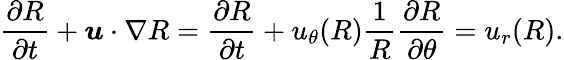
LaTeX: \frac{\partial R}{\partial t}+\boldsymbol{u}\cdot\nabla R=\frac{\partial R}{\partial t}+u_{\theta}(R)\frac{1}{R}\frac{\partial R}{\partial\theta}=u_{r}(R).